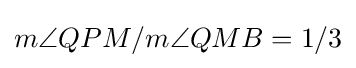
m\angle {QPM}/m\angle {QMB}=1/3